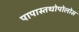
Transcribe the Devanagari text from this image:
पापास्तथोपोलोस